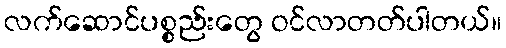
လက်ဆောင်ပစ္စည်းတွေ ဝင်လာတတ်ပါတယ်။